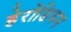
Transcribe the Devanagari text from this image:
हेरोडियम